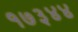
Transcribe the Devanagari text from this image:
१७३४४